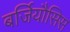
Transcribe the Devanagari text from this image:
बर्जियौसिस